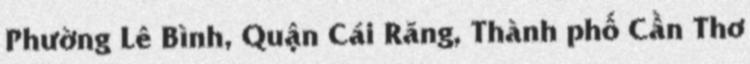
Phường Lê Bình, Quận Cái Răng, Thành phố Cần Thơ